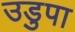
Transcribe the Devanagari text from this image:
उडुपा